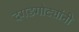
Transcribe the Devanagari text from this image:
दगडगोट्यांनी